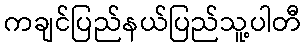
ကချင်ပြည်နယ်ပြည်သူ့ပါတီ